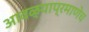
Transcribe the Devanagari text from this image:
आवळ्याप्रमाणेच